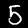
Label: 5